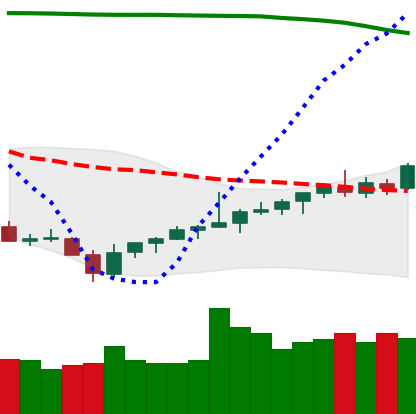
Ticker: TRX-USD
Chart end date: 2021-08-04
Forward return: 9.854%
Label: up_7plus